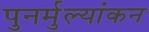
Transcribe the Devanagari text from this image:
पुनर्मुल्यांकन